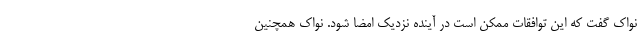
نواک گفت که این توافقات ممکن است در آینده نزدیک امضا شود. نواک همچنین